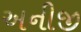
અનીજી